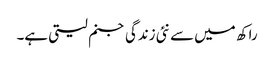
راکھ میں سے نئی زندگی جنم لیتی ہے۔